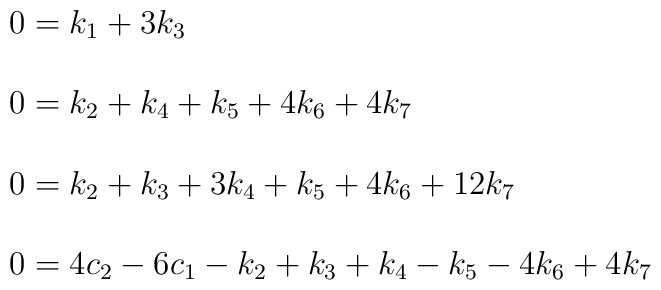
\begin{array}{l}0=k_{1}+3k_{3}\\{}\\0=k_{2}+k_{4}+k_{5}+4k_{6}+4k_{7}\\{}\\0=k_{2}+k_{3}+3k_{4}+k_{5}+4k_{6}+12k_{7}\\{}\\0=4c_{2}-6c_{1}-k_{2}+k_{3}+k_{4}-k_{5}-4k_{6}+4k_{7}\end{array}